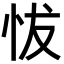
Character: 𢘀